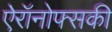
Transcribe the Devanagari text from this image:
ऐरॉनोफ्सकी